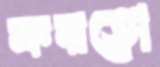
করতো